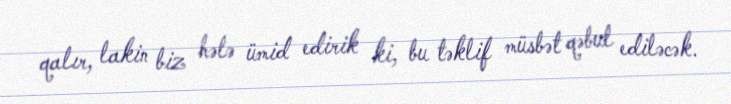
qalır, lakin biz hələ ümid edirik ki, bu təklif müsbət qəbul ediləcək.